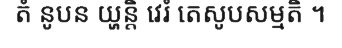
តំ នូបន យ្ហន្តិ វេរំ តេសូបសម្មតិ ។